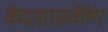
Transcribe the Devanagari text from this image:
केंद्रशासकीय